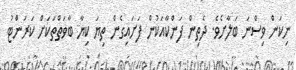
ނިކަން ވިސްނަ ބަލާށެވެ. ދެތިން ފަންކާއަކުން ފަށައިގެން ތިޔަ ކިޔާ ބާވަތްތަކަށް ކަރަންޓު